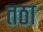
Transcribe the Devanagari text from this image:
तठा